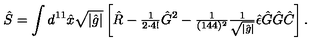
\hat { S } = \int d ^ { 1 1 } \hat { x } \sqrt { | \hat { g } | } \left[ \hat { R } - { \textstyle \frac { 1 } { 2 \cdot 4 ! } } \hat { G } { } ^ { 2 } - { \textstyle \frac { 1 } { ( 1 4 4 ) ^ { 2 } } } { \textstyle \frac { 1 } { \sqrt { | \hat { g } | } } } \hat { \epsilon } \hat { G } \hat { G } \hat { C } \right] .